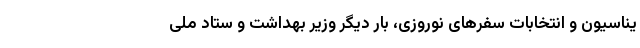
یناسیون و انتخابات سفرهای نوروزی، بار دیگر وزیر بهداشت و ستاد ملی